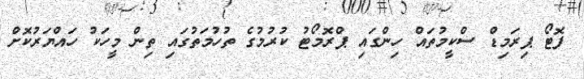
ފޮޓޯ ޕިރަމިޑް ސްކީމުތައް ހިންގައި ޕްރޮމޯޓު ކުރުމުގެ ތުހުމަތުގައި ތިން މީހަކު ހައްޔަރުކޮށް